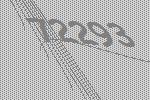
72293